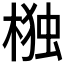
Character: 𭫆